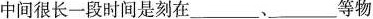
中间很长一段时间是刻在___、___等物